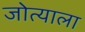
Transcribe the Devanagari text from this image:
जोत्याला